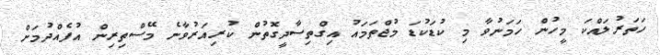
ހަތަރުލައްކަ މީހުން ހަމަނުވާ މި ކުޑަކުޑަ މުޖްތަމައު އިގްތިސާދީގޮތުން ކުރިއަރުވާނެ މޭސްތިރިން އުފެއްދުމަށް